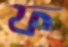
ফ